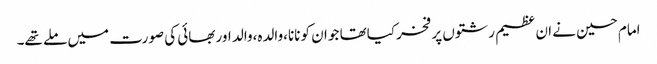
امام حسین نے ان عظیم رشتوں پر فخر کیاتھا جو ان کو نانا،والدہ،والد اور بھائی کی صورت میں ملے تھے۔